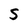
Character: S